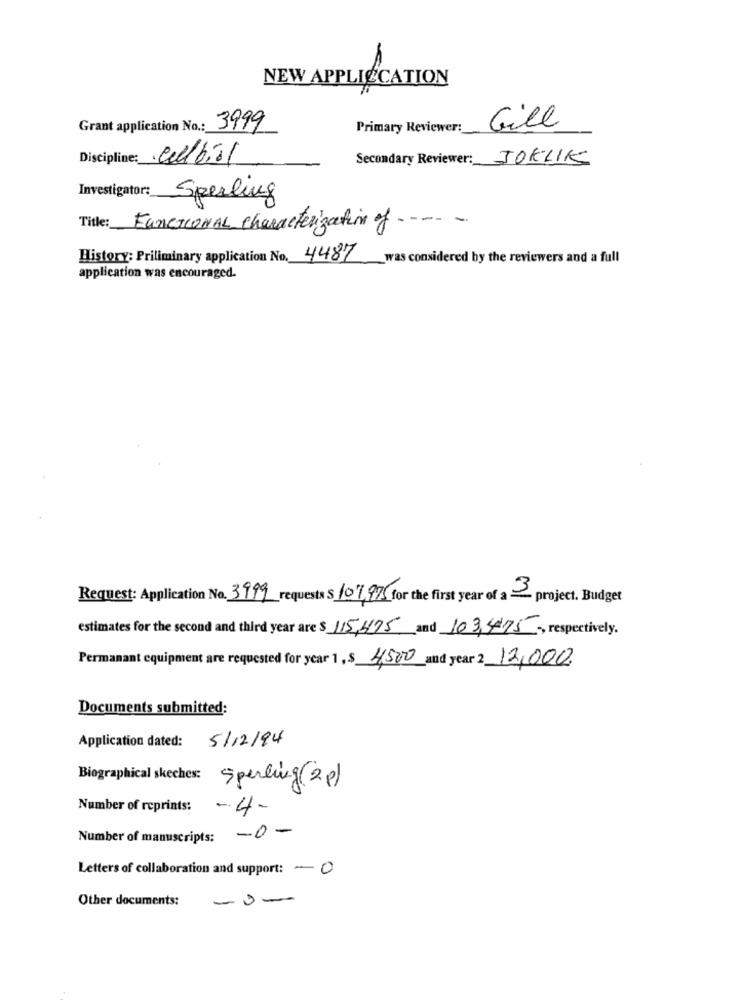
NEW APPLICCATION
Grant application No .: 3999
Primary Reviewer:
Gill
Discipline :_
albiol
Secondary Reviewer: JOELIK
Sperling
-- -
Title: FUNCTIONAL characterization of -
History: Priliminary application No. 4487
was considered by the reviewers and a full
application was encouraged.
Request: Application No. 3999 requests $ 107,975 for the first year of a project. Budget
estimates for the second and third year are $ 115,475 and 103,4475 -, respectively.
Permanant equipment are requested for year 1, $ 4,500 and year 2 12,000.
Documents submitted:
Application dated: 5/12/94
Biographical skeches: Sperling (28)
Number of reprints: - 4-
Number of manuscripts: - 0-
Letters of collaboration and support: - 0
--
Other documents: